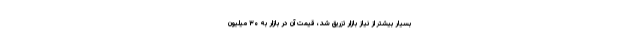
بسیار بیشتر از نیاز بازار تزریق شد، قیمت آن در بازار به ۳۰ میلیون